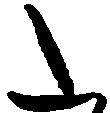
た